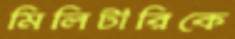
মিলিটারিকে